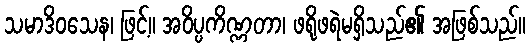
သမာဒိဝသေန၊ ဖြင့်။ အဝိပ္ပကိဏ္ဏတာ၊ ဖရိုဖရဲမရှိသည်၏ အဖြစ်သည်။